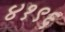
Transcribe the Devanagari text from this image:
४१९६